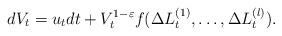
LaTeX: \begin{align*}dV_t=u_t dt+V_t^{1-\varepsilon}f(\Delta L^{(1)}_t,\ldots,\Delta L^{(l)}_t).\end{align*}